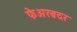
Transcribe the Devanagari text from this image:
फेअरब्रदर